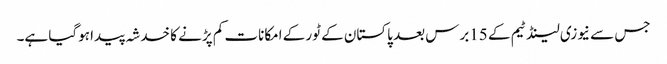
جس سے نیوزی لینڈ ٹیم کے 15برس بعد پاکستان کے ٹور کے امکانات کم پڑنے کا خدشہ پیدا ہوگیا ہے۔